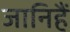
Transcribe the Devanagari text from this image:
जानिहैं